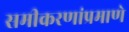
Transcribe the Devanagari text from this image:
समीकरणांप्रमाणे